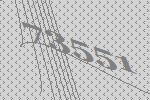
73551